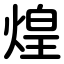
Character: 煌